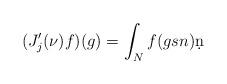
LaTeX: \begin{align*}(J'_{j}(\nu)f)(g)=\int_{N}f(gsn)\d n\end{align*}